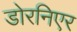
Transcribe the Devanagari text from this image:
डोरनिएर